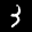
Label: 3